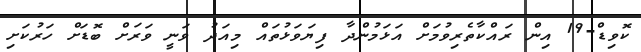
ކޮވިޑް-19 އިން ރައްކާތެރިވުމަށް އަޅަމުންދާ ފިޔަވަޅުތައް މިއަދު ވަނީ ވަރަށް ބޮޑަށް ހަރުކަށި